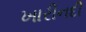
ખારીનદી